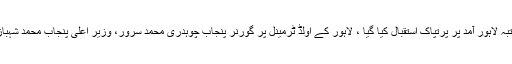
10فروری 2014ء)صدر مملکت کا عہدہ سنبھالنے کے بعد ممنون حسین کی پہلی مرتبہ لاہور آمد پر پرتپاک استقبال کیا گیا ، لاہور کے اولڈ ٹرمینل پر گورنر پنجاب چوہدری محمد سرور، وزیر اعلیٰ پنجاب محمد شہباز شریف نے صوبائی کابینہ کے اراکین اور اعلیٰ سرکاری حکام کے ہمراہ استقبال کیا ۔